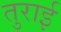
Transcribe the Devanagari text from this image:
तुराई